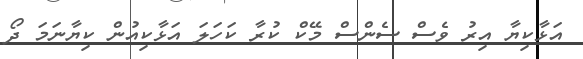
އަޅާކިޔާ އިރު ވެސް ސެންސް މޭކް ކުރާ ކަހަލަ އަޅާކިއުން ކިޔާނަމަ ދޯ